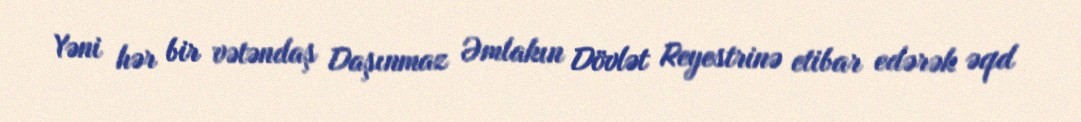
Yəni hər bir vətəndaş Daşınmaz Əmlakın Dövlət Reyestrinə etibar edərək əqd